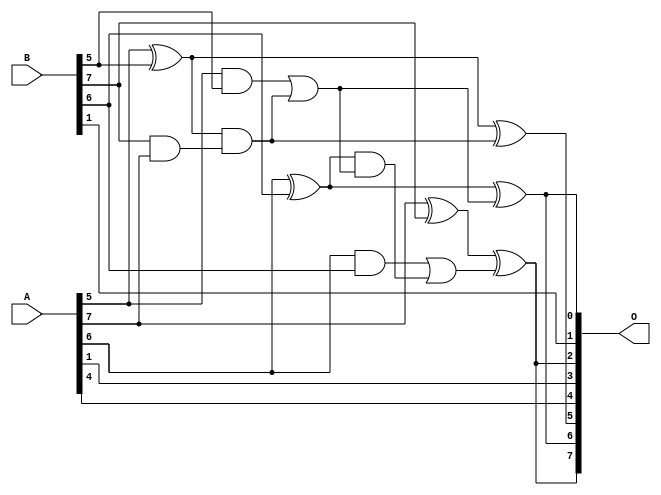
// This program was cloned from: https://github.com/ehw-fit/evoapproxlib
// License: MIT License

/***
* This code is a part of EvoApproxLib library (ehw.fit.vutbr.cz/approxlib) distributed under The MIT License.
* When used, please cite the following article(s): V. Mrazek, L. Sekanina, Z. Vasicek "Libraries of Approximate Circuits: Automated Design and Application in CNN Accelerators" IEEE Journal on Emerging and Selected Topics in Circuits and Systems, Vol 10, No 4, 2020 
* This file contains a circuit from a sub-set of pareto optimal circuits with respect to the pwr and mae parameters
***/
// MAE% = 12.27 %
// MAE = 16 
// WCE% = 33.59 %
// WCE = 43 
// WCRE% = 2800.00 %
// EP% = 98.52 %
// MRE% = 75.00 %
// MSE = 343 
// PDK45_PWR = 0.012 mW
// PDK45_AREA = 32.9 um2
// PDK45_DELAY = 0.27 ns

module add8s_6J2 (
    A,
    B,
    O
);

input [7:0] A;
input [7:0] B;
output [7:0] O;

wire sig_23,sig_29,sig_35,sig_38,sig_40,sig_41,sig_42,sig_43,sig_44,sig_45,sig_46,sig_47,sig_49;

assign sig_23 = A[5] & B[5];
assign sig_29 = A[7] ^ B[7];
assign sig_35 = B[7] & A[7];
assign sig_38 = A[5] ^ B[5];
assign sig_40 = sig_38 & sig_35;
assign sig_41 = sig_38 ^ sig_40;
assign sig_42 = sig_23 | sig_40;
assign sig_43 = A[6] ^ B[6];
assign sig_44 = A[6] & B[6];
assign sig_45 = sig_43 & sig_42;
assign sig_46 = sig_43 ^ sig_42;
assign sig_47 = sig_44 | sig_45;
assign sig_49 = sig_29 ^ sig_47;

assign O[7] = sig_49;
assign O[6] = sig_46;
assign O[5] = sig_41;
assign O[4] = A[4];
assign O[3] = A[1];
assign O[2] = sig_49;
assign O[1] = B[1];
assign O[0] = sig_46;

endmodule